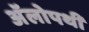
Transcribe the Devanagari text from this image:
अॅलोपथी